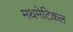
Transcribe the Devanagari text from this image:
मथमेटिकल